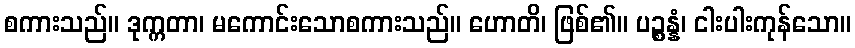
စကားသည်။ ဒုက္ကတာ၊ မကောင်းသောစကားသည်။ ဟောတိ၊ ဖြစ်၏။ ပဉ္စန္နံ၊ ငါးပါးကုန်သော။